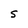
Character: S